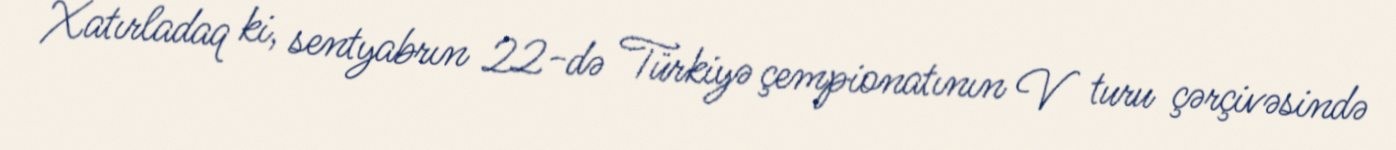
Xatırladaq ki, sentyabrın 22-də Türkiyə çempionatının V turu çərçivəsində